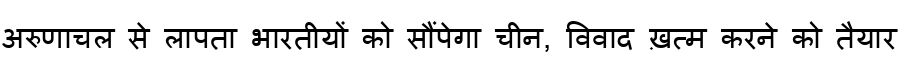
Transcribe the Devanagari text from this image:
अरुणाचल से लापता भारतीयों को सौंपेगा चीन, विवाद ख़त्म करने को तैयार